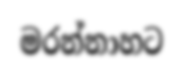
මරන්නාහට